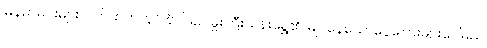
မြန်မာမင်းများလက်ထက်တွင် ဗိုလ်ချုပ်မှူးကြီးသန်းရွှေ၏ မြုပ်နေသောငွေကြေးများပေါ်မည်